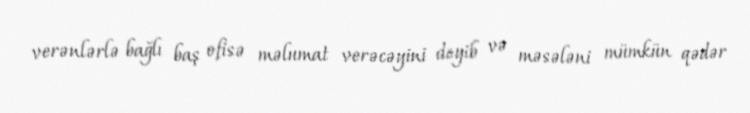
verənlərlə bağlı baş ofisə məlumat verəcəyini deyib və məsələni mümkün qədər